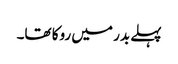
پہلے بدر میں روکا تھا۔